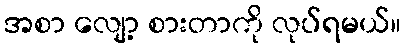
အစာ လျော့ စားတာကို လုပ်ရမယ်။